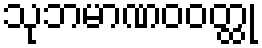
သုဘမာဏဝဝတ္ထု